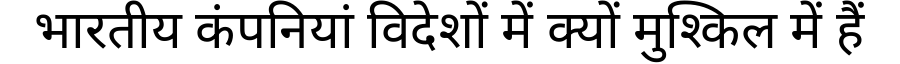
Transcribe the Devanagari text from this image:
भारतीय कंपनियां विदेशों में क्यों मुश्किल में हैं